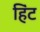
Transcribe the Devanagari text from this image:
हिंट